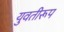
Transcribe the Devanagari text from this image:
युवतीरूप